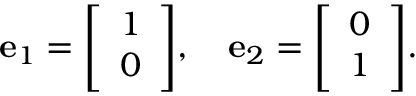
{ \mathbf { e } } _ { 1 } = { \left[ \begin{array} { l } { 1 } \\ { 0 } \end{array} \right] } , \quad { \mathbf { e } } _ { 2 } = { \left[ \begin{array} { l } { 0 } \\ { 1 } \end{array} \right] } .